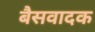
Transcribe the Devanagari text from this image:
बैसवादक